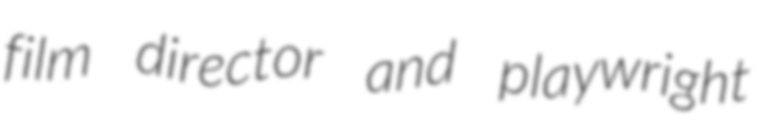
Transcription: film director and playwright